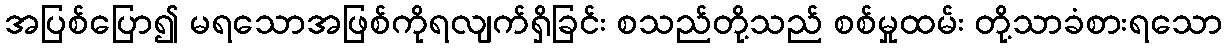
အပြစ်ပြော၍ မရသောအဖြစ်ကိုရလျက်ရှိခြင်း စသည်တို့သည် စစ်မှုထမ်း တို့သာခံစားရသော